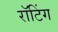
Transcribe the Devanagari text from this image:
रॉटिंग